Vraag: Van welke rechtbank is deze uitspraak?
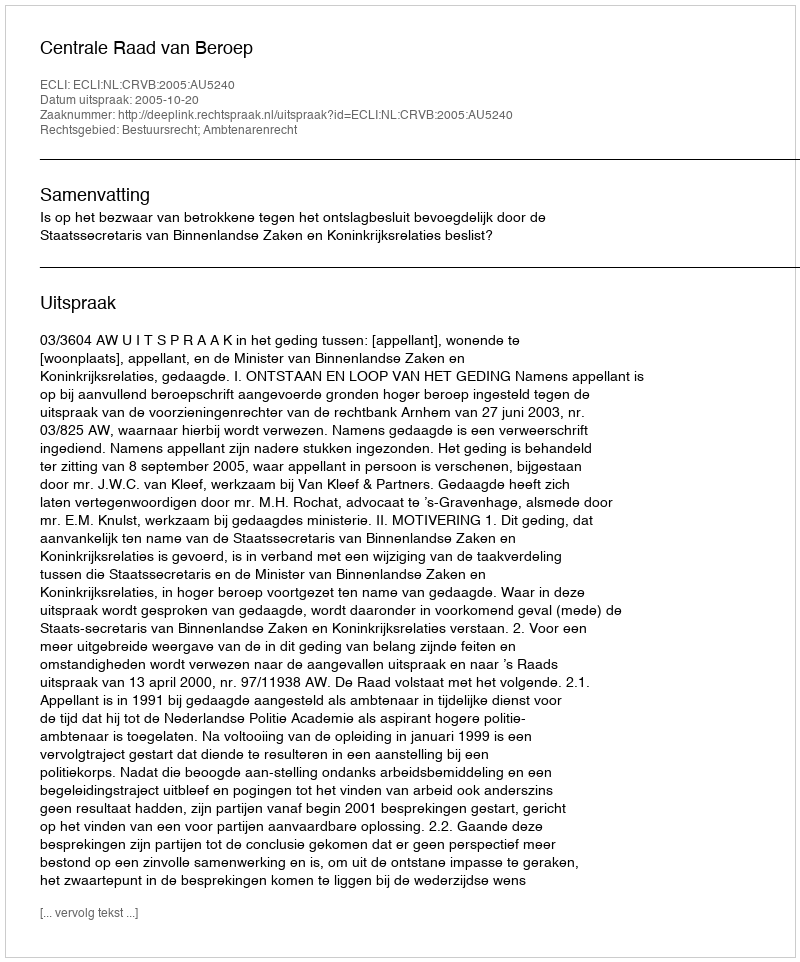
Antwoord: Centrale Raad van Beroep